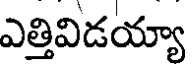
ఎత్తివిడయ్యా